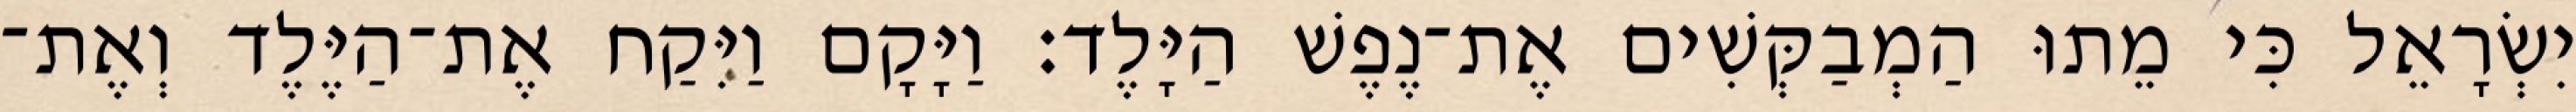
יִשְׂרָאֵל כִּי מֵתוּ הַמְבַקְּשִׁים אֶת־נֶפֶשׁ הַיָּלֶד׃ וַיָּקָם וַיִּקַח אֶת־הַיֶּלֶד וְאֶת־